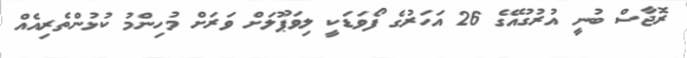
ރޮޖާސް ބުނީ އުރުގުއޭގެ 26 އަހަރުގެ ފޯވަޑަކީ ލިވަޕޫލަށް ވަރަށް މުހިންމު ކުޅުންތެރިއެއް